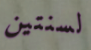
لسنتين